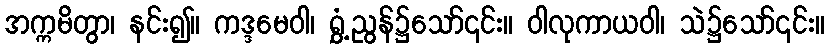
အက္ကမိတွာ၊ နင်း၍။ ကဒ္ဒမေဝါ၊ ရွှံ့ညွန်၌သော်၎င်း။ ဝါလုကာယဝါ၊ သဲ၌သော်၎င်း။